Punjab Mental Hospital Lahore 1932-46 - 1932-1946
Year: 1932
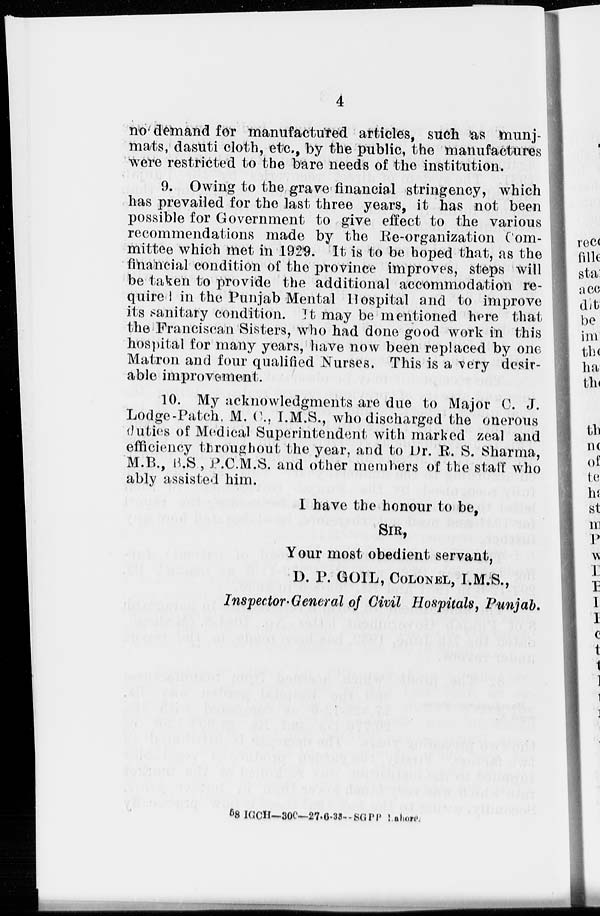
4
no demand for manufactured articles, such as munj-
mats, dasuti cloth, etc., by the public, the manufactures
were restricted to the bare needs of the institution.
9. Owing to the grave financial stringency, which
has prevailed for the last three years, it has not been
possible for Government to give effect to the various
recommendations made by the Re-organization Com-
mittee which met in 1929. It is to be hoped that, as the
financial condition of the province improves, steps will
be taken to provide the additional accommodation re-
quired in the Punjab Mental Hospital and to improve
its sanitary condition. It may be mentioned here that
the Franciscan Sisters, who had done good work in this
hospital for many years, have now been replaced by one
Matron and four qualified Nurses. This is a very desir-
able improvement.
10. My acknowledgments are due to Major C. J.
Lodge-Patch, M. C., I.M.S., who discharged the onerous
duties of Medical Superintendent with marked zeal and
efficiency throughout the year, and to Dr. R. S. Sharma,
M.B., B.S., P.C.M.S. and other members of the staff who
ably assisted him.
I have the honour to be,
SIR,
Your most obedient servant,
D. P. GOIL, COLONEL, I.M.S.,
Inspector-General of Civil Hospitals, Punjab.
58 IGCH—306—27-6-33-SGPP Lahore.